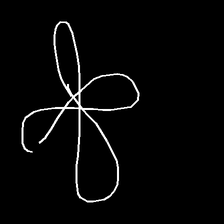
Glyph: billowing